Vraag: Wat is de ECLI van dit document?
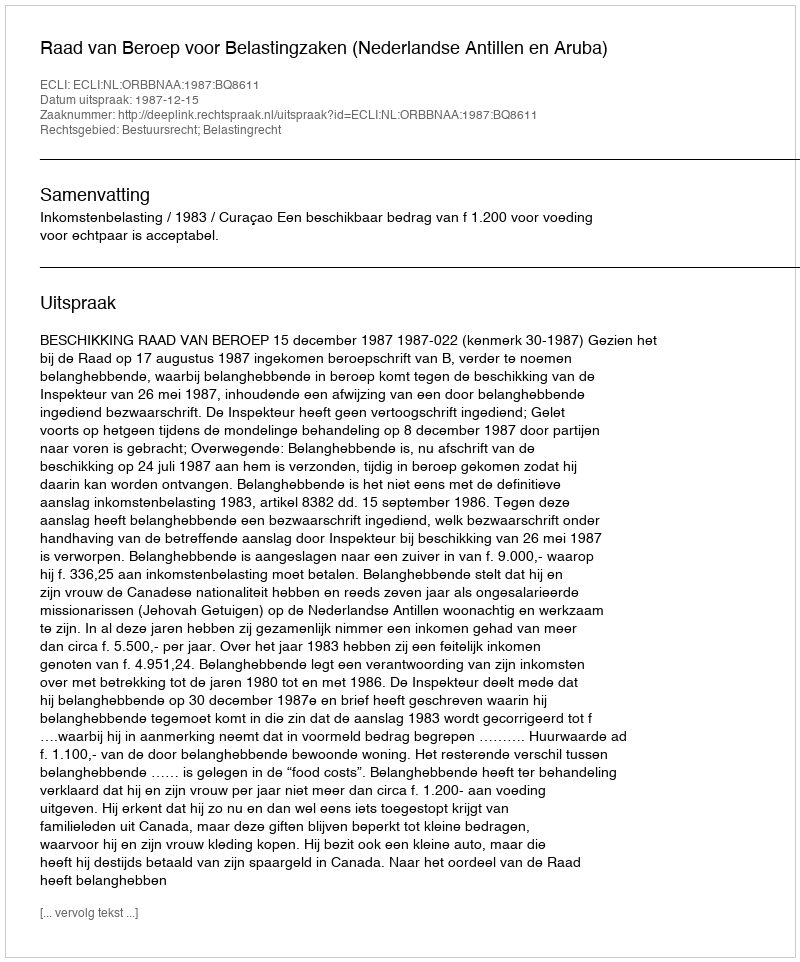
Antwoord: ECLI:NL:ORBBNAA:1987:BQ8611